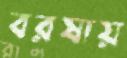
বরষায়